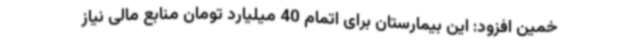
خمین افزود: این بیمارستان برای اتمام 40 میلیارد تومان منابع مالی نیاز